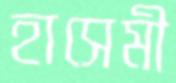
হাসেমী